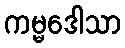
ကမ္မဒေါသာ